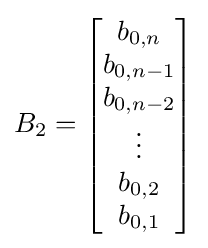
B_{2}={\begin{bmatrix}b_{0,n}\\b_{0,n-1}\\b_{0,n-2}\\\vdots \\b_{0,2}\\b_{0,1}\end{bmatrix}}